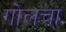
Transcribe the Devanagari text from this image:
गोलचा